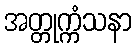
အတ္တုက္ကံသနာ